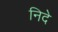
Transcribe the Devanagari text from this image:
निदे